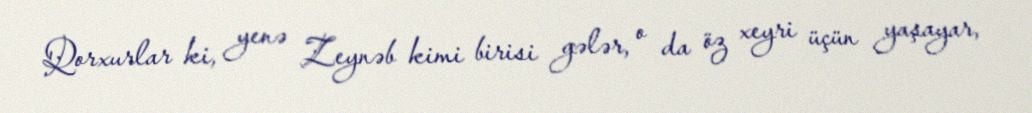
Qorxurlar ki, yenə Zeynəb kimi birisi gələr, o da öz xeyri üçün yaşayar,